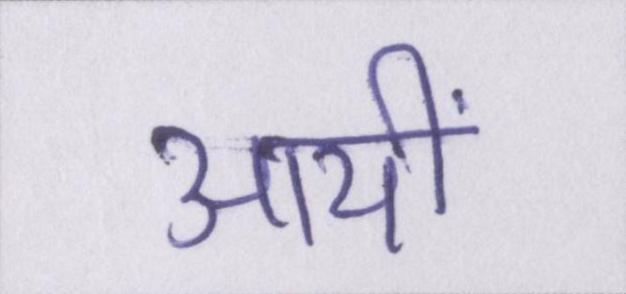
आयीं